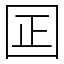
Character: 囸